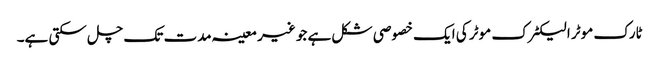
ٹارک موٹر الیکٹرک موٹر کی ایک خصوصی شکل ہے جو غیر معینہ مدت تک چل سکتی ہے۔